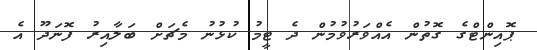
ޕޮއިންޓްގެ ގޮތުން އެއްވަރުވުމުން ދެ ޓީމު ކުޅުނު މެޗަށް ބަލާއިރު ފޮނަދޫ އެ